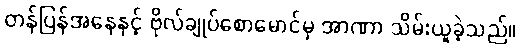
တန်ပြန်အနေနှင့် ဗိုလ်ချုပ်စောမောင်မှ အာဏာ သိမ်းယူခဲ့သည်။